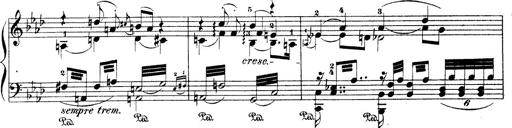
Title: Wagner-Liszt Album
Composer: Franz Liszt